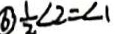
\textcircled { 6 } \frac { 1 } { 2 } \angle 2 = \angle 1